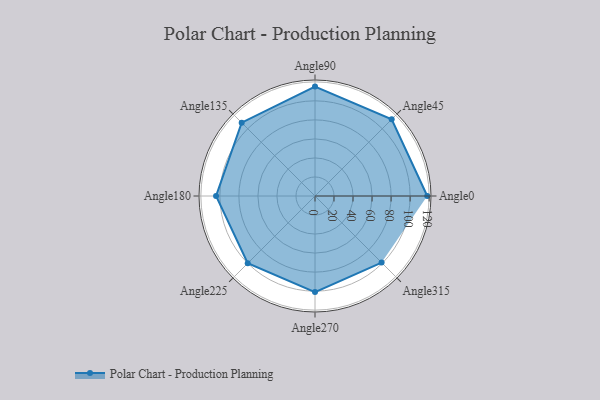
{"axis": {"x": "Angle", "y": "Radius"}, "legend": [""], "data": [{"x": "Angle0", "y": 118.0, "type": ""}, {"x": "Angle45", "y": 114.0, "type": ""}, {"x": "Angle90", "y": 115.0, "type": ""}, {"x": "Angle135", "y": 109.0, "type": ""}, {"x": "Angle180", "y": 104.0, "type": ""}, {"x": "Angle225", "y": 100.0, "type": ""}, {"x": "Angle270", "y": 101.0, "type": ""}, {"x": "Angle315", "y": 99.0, "type": ""}]}